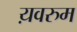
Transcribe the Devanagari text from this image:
य़वरुम